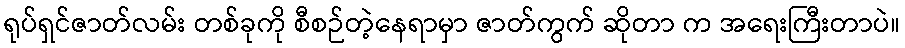
ရုပ်ရှင်ဇာတ်လမ်း တစ်ခုကို စီစဉ်တဲ့နေရာမှာ ဇာတ်ကွက် ဆိုတာ က အရေးကြီးတာပဲ။